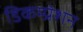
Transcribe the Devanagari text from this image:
डिकम्प्रेशन